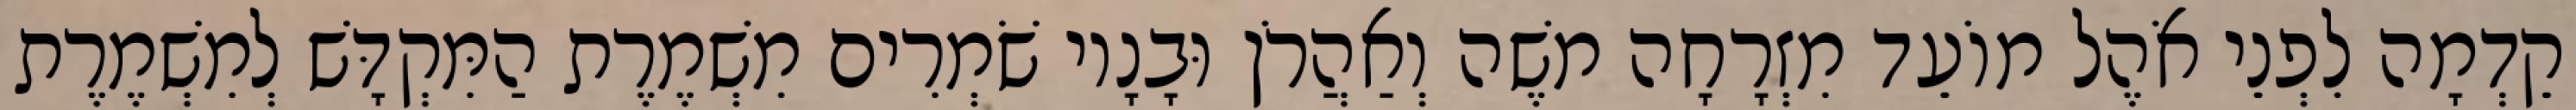
קֵדְמָה לִפְנֵי אֹהֶל מוֹעֵד מִזְרָחָה משֶׁה וְאַהֲרֹן וּבָנָיו שֹׁמְרִים מִשְׁמֶרֶת הַמִּקְדָּשׁ לְמִשְׁמֶרֶת